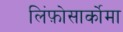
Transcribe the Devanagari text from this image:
लिंफ़ोसार्कोमा